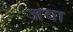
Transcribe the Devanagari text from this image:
जवा